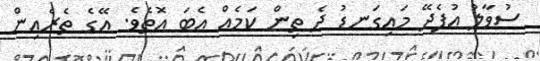
ސުވާލު އުފެދޭ މައިގަނޑު ދެ ތިން ކަމެއް އެބަ އޮތެވެ. އޭގެ ތެރެއިން